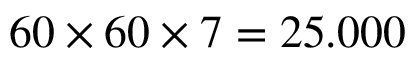
6 0 \times 6 0 \times 7 = 2 5 . 0 0 0